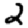
Digit: 2